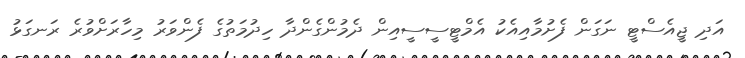
އަދި ޖީއެސްޓީ ނަގަން ފެށުމާއިއެކު އެމްޓީސީސީއިން ދެމުންގެންދާ ހިދުމަތުގެ ފެންވަރު މިހާރަށްވުރެ ރަނގަޅު